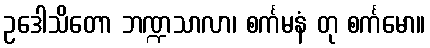
ဥဒေါသိတော ဘဏ္ဍသာလာ၊ စင်္ကမနံ တု စင်္ကမော။